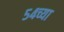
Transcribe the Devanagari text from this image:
५४च्या